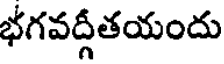
భగవద్గీతయందు